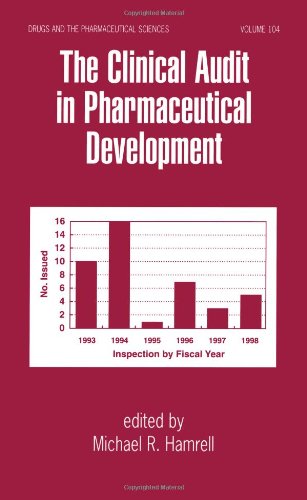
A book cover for The Clinical Audit in Pharmaceutical Development (Drugs and the Pharmaceutical Sciences); Medical Books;